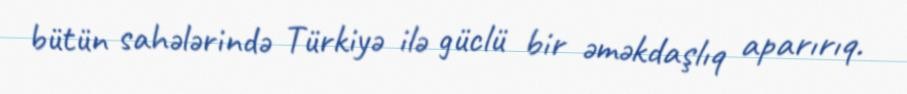
bütün sahələrində Türkiyə ilə güclü bir əməkdaşlıq aparırıq.